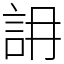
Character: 䛁